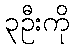
၃ဦးကို